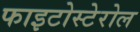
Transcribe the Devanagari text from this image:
फाइटोस्टेरोल